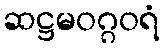
ဆဋ္ဌမဝဂ္ဂဝရံ